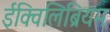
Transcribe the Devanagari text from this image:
ईक्विलिब्रियम